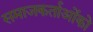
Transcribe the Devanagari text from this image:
समाजकर्ताओंको